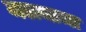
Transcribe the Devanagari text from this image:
मलमाचा